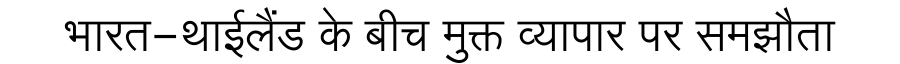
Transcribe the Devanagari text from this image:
भारत-थाईलैंड के बीच मुक्त व्यापार पर समझौता